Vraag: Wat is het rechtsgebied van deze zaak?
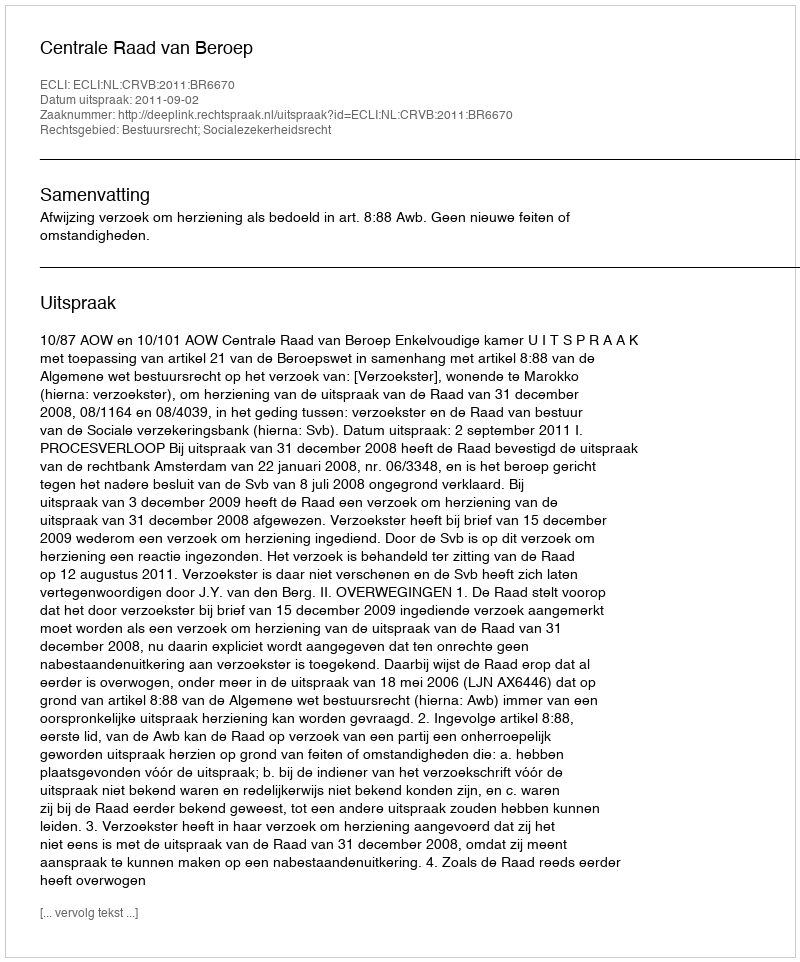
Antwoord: Bestuursrecht; Socialezekerheidsrecht